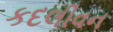
કદલીવન